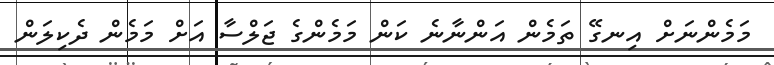
މަމެންނަށް އިނގޭ ތަމެން އަންނާނެ ކަން މަމެންގެ ޖަލްސާ އަށް މަމެން ދެކިލަން